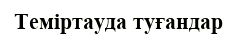
Теміртауда туғандар